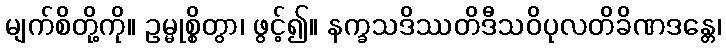
မျက်စိတို့ကို။ ဥမ္မုစ္စိတွာ၊ ဖွင့်၍။ နက္ခသဒိဿတိဒီသဝိပုလတိခိဏဒန္တေ၊